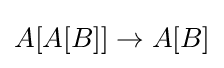
A[A[B]]\to A[B]